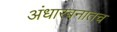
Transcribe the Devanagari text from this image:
अंधारबनातच